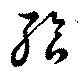
餐